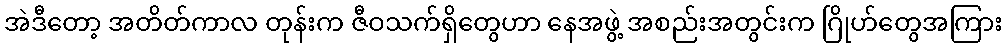
အဲဒီတော့ အတိတ်ကာလ တုန်းက ဇီဝသက်ရှိတွေဟာ နေအဖွဲ့ အစည်းအတွင်းက ဂြိုဟ်တွေအကြား